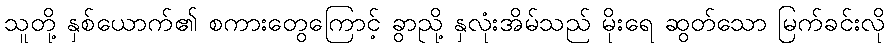
သူတို့ နှစ်ယောက်၏ စကားတွေကြောင့် ခွာညို့ နှလုံးအိမ်သည် မိုးရေ ဆွတ်သော မြက်ခင်းလို